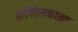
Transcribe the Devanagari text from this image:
ऐशिनबाख़